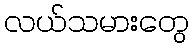
လယ်သမားတွေ